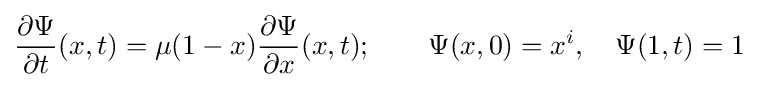
{\frac {\partial \Psi }{\partial t}}(x,t)=\mu (1-x){\frac {\partial {\Psi }}{\partial x}}(x,t);\qquad \Psi (x,0)=x^{i},\quad \Psi (1,t)=1